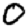
Digit: 0